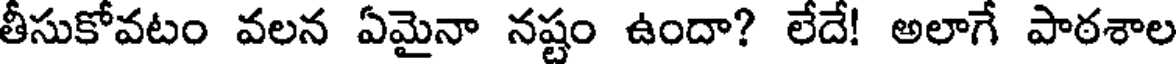
తీసుకోవటం వలన ఏమైనా నష్టం ఉందా? లేదే! అలాగే పాఠశాల